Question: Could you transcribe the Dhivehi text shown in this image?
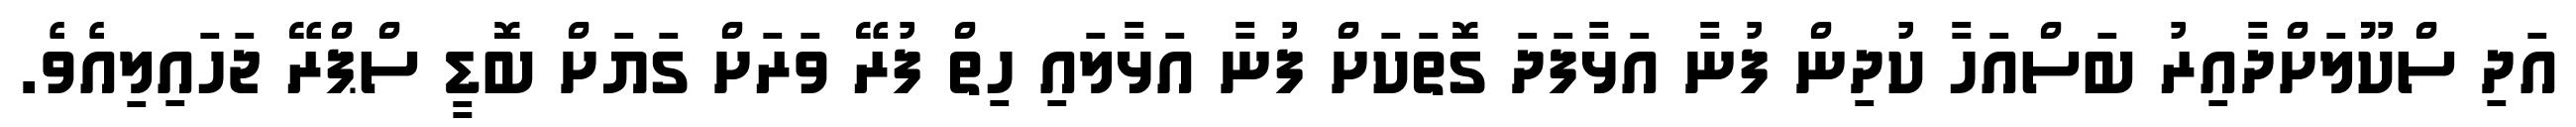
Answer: އަދި ސްކޫލަށްދާއިރު ބަސްއަހާ ކުދިން ފުނާ އަޅާފަދަ ގޮތަކަށް ފުނާ އަޅާލައި ހިތް ފުރޭ ވަރަށް ގަޔަށް ބޮޑީ ސްޕްރޭ ޖަހައިލިއެވެ.